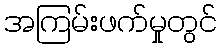
အကြမ်းဖက်မှုတွင်